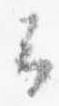
云